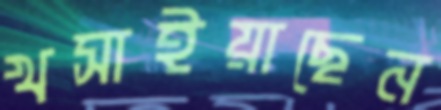
খসাইয়াছেন